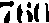
760